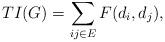
LaTeX: \begin{align*}TI(G)=\sum_{ij\in E} F(d_i,d_j), \end{align*}